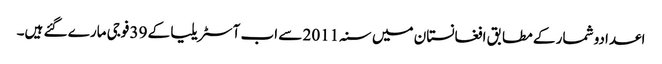
اعدادو شمار کے مطابق افغانستان میں سنہ 2011 سے اب آسٹریلیا کے 39 فوجی مارے گئے ہیں۔